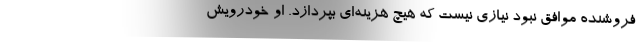
فروشنده موافق نبود نیازی نیست که هیچ هزینه‌ای بپردازد. او خودرویش